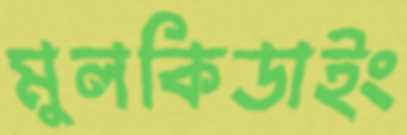
মুলকিডাইং